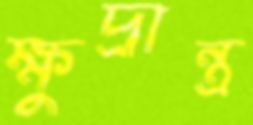
ক্ষুদ্রান্ত্র